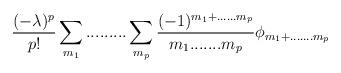
LaTeX: \begin{align*}\frac{ ( -\lambda)^p}{p!} \sum_{m_1}.........\sum_{m_p} \frac{(-1)^{m_1+......m_p}}{ m_1.......m_p} \phi_{ m_1+.......m_p} \end{align*}